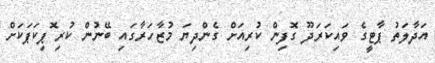
އަދާލަތު ޕާޓީގެ ވައިކަރަދޫ ގޮފިން ކުރިއަށް ގެންދިޔަ މުޒާހަރާގައި ބޭނުން ކުރި ޮޕިކަޕަކަށް